Leaving Certificate Examination, 1923
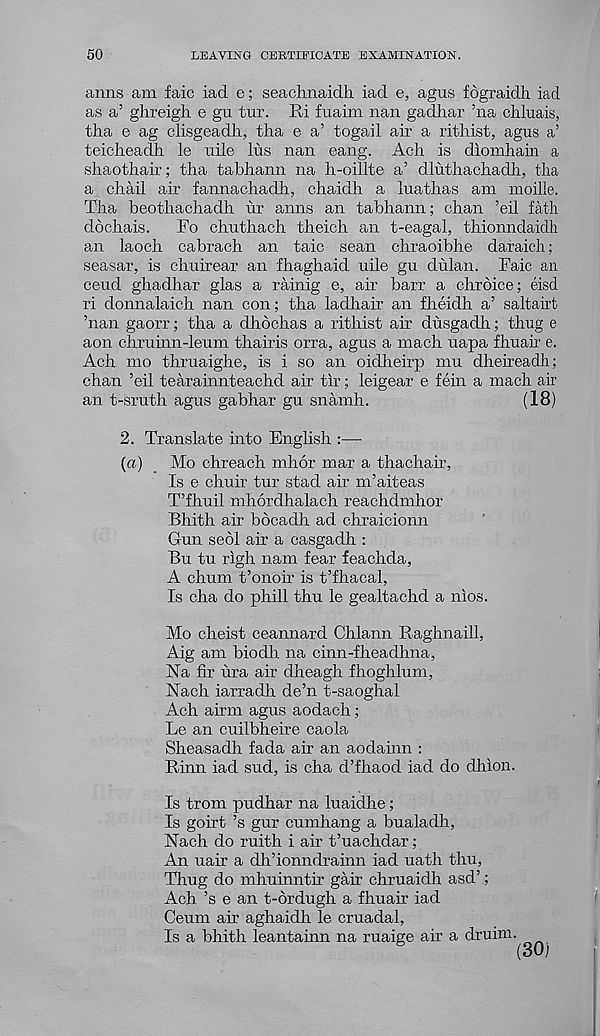
50
LEAVING CERTIFICATE EXAMINATION.
aims am faic iad e; seaclmaidh iad e, agus fograidh iad
as a’ ghxeigh e gu tur. Ri fuaim nan gadhar ’na chluais,
th.a e ag clisgeadh, tha e a’ togail air a rithist, agus a’
teicheadh le idle lus nan eang. Ach is diomhain a
shaothair; tha tabhann na h-oillte a’ dluthachadh, tha
a chail air fannachadh, chaidh a luathas am moille.
Tha beothachadh hr anns an tabhann; chan ’eil fath
dochais.
Fo chuthach theich an t-eagal, thionndaidh
an laoch cabrach an taic sean chraoibhe daraich;
seasar, is chuirear an fhaghaid uile gu dulan. Faic an
ceud ghadhar glas a rainig e, air barr a chroice; eisd
ri donnalaich nan con; tha ladhair an fheidh a’ saltairt
’nan gaorr; tha a dhochas a rithist air dusgadh; thug e
aon chruinn-leum thairis orra, agus a mach uapa fhuair e.
Ach mo thruaighe, is i so an oidheirp mu dheireadh;
chan ’eil tearainnteachd air tir; leigear e fein a mach air
an t-sruth agus gabhar gu snamh.
(18)
2. Translate into English :—
(a)
Mo chreach mhor mar a thachair,
Is e chuir tur stad air m’aiteas
T’fhuil mhordhalach reachdmhor
Bhith air bocadh ad chraicionn
Gun seol air a casgadh :
Bu tu righ nam fear feachda,
A chum t’onoir is t’fhacal,
Is cha do phill thu le gealtachd a nios.
Mo cheist ceannard Chlann Raghnaill,
Aig am biodh na cinn-fheadhna,
Na fir ura air dheagh fhoghlum,
Nach iarradh de’n t-saoghal
Ach airm agus aodach;
Le an cuilbheire caola
Sheasadh fada air an aodainn :
Rinn iad sud, is cha d’fhaod iad do dhion.
Is trom pudhar na luaidhe;
Is goirt’s gur cumhang a bualadh,
Nach do ruith i air t’uachdar;
An uair a dh’ionndrainn iad uath thu,
Thug do mhuinntir gair chruaidh asd’;
Ach. ’s e an t-drdugh a fhuair iad
Ceum air aghaidh le cruadal,
Is a bhith leantainn na ruaige ah a druim.